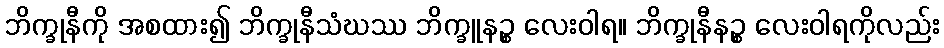
ဘိက္ခုနီကို အစထား၍ ဘိက္ခုနီသံဃဿ ဘိက္ခူနဉ္စ လေးဝါရ။ ဘိက္ခုနီနဉ္စ လေးဝါရကိုလည်း